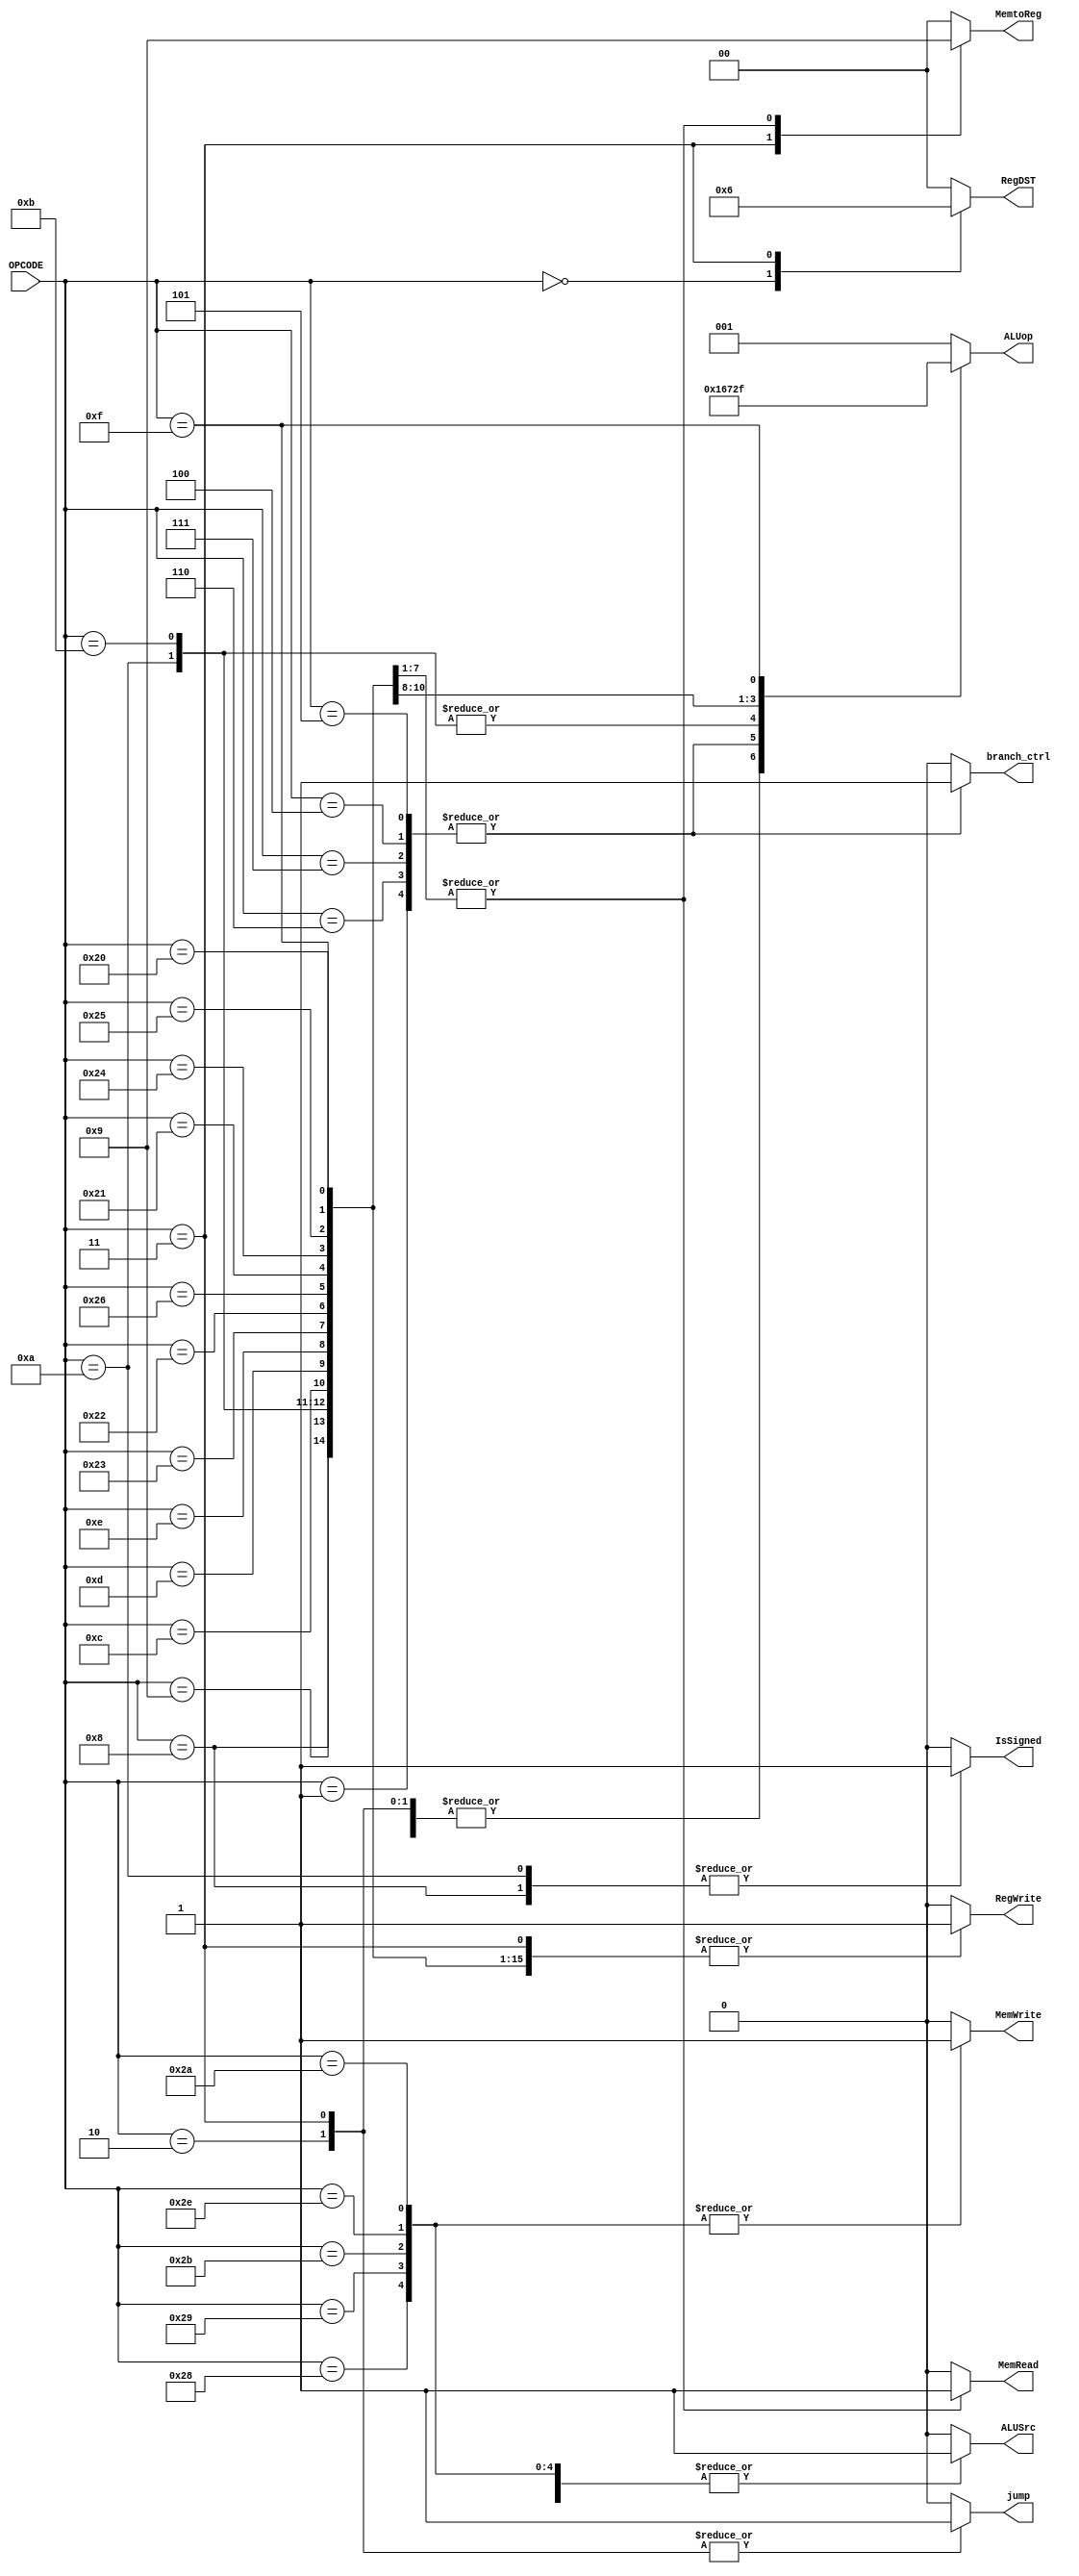
module controller(
    //input clk,
    input  [5:0]OPCODE,
    output [1:0]RegDST,
    output RegWrite,
    output ALUSrc,
    output jump,
    output MemRead,
    output MemWrite,
    output [1:0]MemtoReg,
    output branch_ctrl,
    output [2:0]ALUop,
    output IsSigned
);

localparam aluop_rtype = 3'h0;
localparam aluop_add = 3'h1;
localparam aluop_sub = 3'h2;
localparam aluop_and = 3'h3;
localparam aluop_or = 3'h4;
localparam aluop_xor = 3'h5;
localparam aluop_slt = 3'h6;
localparam aluop_sll = 3'h7;


localparam rtype   = 6'b000000;
localparam branch_ri  = 6'b000001;

localparam j    = 6'b000010;
localparam jal  = 6'b000011;
localparam beq  = 6'b000100;
localparam bne  = 6'b000101;
localparam blez = 6'b000110;
localparam bgtz = 6'b000111;

localparam addi = 6'b001000;
localparam andi = 6'b001100;
localparam addiu= 6'b001001;
localparam slti = 6'b001010;
localparam sltiu= 6'b001011;
localparam ori  = 6'b001101;
localparam xori = 6'b001110;

localparam lw   = 6'b100011;
localparam lwl  = 6'b100010;
localparam lwr  = 6'b100110;
localparam lh   = 6'b100001;
localparam lui  = 6'b001111;
localparam lbu  = 6'b100100;
localparam lhu  = 6'b100101;
localparam lb   = 6'b100000;
localparam sb   = 6'b101000;
localparam sh   = 6'b101001;
localparam sw   = 6'b101011;
localparam swr  = 6'b101110;
localparam swl  = 6'b101010;

reg [1:0]RegDST_t;
reg RegWrite_t;
reg jump_t;
reg branch_ctrl_t;
reg ALUSrc_t;
reg MemRead_t;
reg MemWrite_t;
reg [1:0]MemtoReg_t;
reg [2:0]ALUop_t;

always @ ( * ) begin
    RegDST_t        <= 2'h0;
    RegWrite_t      <= 1'b0;
    ALUSrc_t        <= 1'b0;
    branch_ctrl_t   <= 1'b0;
    jump_t          <= 1'b0;
    MemRead_t       <= 1'b0;
    MemWrite_t      <= 1'b0;
    MemtoReg_t      <= 2'h0;
    ALUop_t         <= 3'h0;
    IsSigned        <= 1'b0;

    case (OPCODE)
        rtype:  begin
					      RegDST_t <= 2'b1;
                RegWrite_t <= 1'b1;
                ALUop_t <= aluop_rtype; end

        branch_ri:begin
						     branch_ctrl_t <= 1'b1;
						     ALUop_t <= aluop_sub; end

        j:      jump_t <= 1'b1;

        jal:    begin
					      jump_t <= 1'b1;
                RegWrite_t <= 1'b1;
					      RegDST_t <= 2'h2;
                MemtoReg_t <= 2'h2; end

        blez:   begin
					      branch_ctrl_t <= 1'b1;
                ALUop_t <= aluop_sub; end

        bgtz:   begin
					      branch_ctrl_t <= 1'b1;
                ALUop_t <= aluop_sub; end

        beq:   begin
					      branch_ctrl_t <= 1'b1;
                ALUop_t <= aluop_sub; end

        bne:   begin
					      branch_ctrl_t <= 1'b1;
                ALUop_t <= aluop_sub; end

        addi:   begin
                IsSigned <= 1'b1;
				        ALUSrc_t <= 1'b1;
                RegWrite_t <= 1'b1;
                ALUop_t <= aluop_add; end

        addiu:  begin
					      ALUSrc_t <= 1'b1;
                RegWrite_t <= 1'b1;
                ALUop_t <= aluop_add; end

        slti:   begin
                IsSigned <= 1'b1;
					      ALUSrc_t <= 1'b1;
                RegWrite_t <= 1'b1;
                ALUop_t <= aluop_slt; end

        sltiu:  begin
					      ALUSrc_t <= 1'b1;
                RegWrite_t <= 1'b1;
                ALUop_t <= aluop_slt; end

        andi:   begin
					      ALUSrc_t <= 1'b1;
                RegWrite_t <= 1'b1;
                ALUop_t <= aluop_and; end

        ori:   begin
					      ALUSrc_t <= 1'b1;
                RegWrite_t <= 1'b1;
                ALUop_t <= aluop_or; end

        xori:   begin
					      ALUSrc_t <= 1'b1;
                RegWrite_t <= 1'b1;
                ALUop_t <= aluop_xor; end

        lw:     begin
					      ALUSrc_t <= 1'b1;
                MemtoReg_t <= 2'h1;
                RegWrite_t <= 1'b1;
                MemRead_t <= 1'b1;
                ALUop_t <= aluop_add; end

        lwl:    begin
					      ALUSrc_t <= 1'b1;
                MemtoReg_t <= 2'h1;
                RegWrite_t <= 1'b1;
                MemRead_t <= 1'b1;
                ALUop_t <= aluop_add; end

        lwr:    begin
					      ALUSrc_t <= 1'b1;
                MemtoReg_t <= 2'h1;
                RegWrite_t <= 1'b1;
                MemRead_t <= 1'b1;
                ALUop_t <= aluop_add; end

        lh:     begin
					      ALUSrc_t <= 1'b1;
                MemtoReg_t <= 2'h1;
                RegWrite_t <= 1'b1;
                MemRead_t <= 1'b1;
                ALUop_t <= aluop_add; end

        lbu:    begin
					      ALUSrc_t <= 1'b1;
                MemtoReg_t <= 2'h1;
                RegWrite_t <= 1'b1;
                MemRead_t <= 1'b1;
                ALUop_t <= aluop_add; end

        lhu:    begin
					      ALUSrc_t <= 1'b1;
                MemtoReg_t <= 2'h1;
                RegWrite_t <= 1'b1;
                MemRead_t <= 1'b1;
                ALUop_t <= aluop_add; end

        lb:     begin
					      ALUSrc_t <= 1'b1;
                MemtoReg_t <= 2'h1;
                RegWrite_t <= 1'b1;
                MemRead_t <= 1'b1;
                ALUop_t <= aluop_add; end

        lui:    begin
					      ALUSrc_t <= 1'b1;
                RegWrite_t <= 1'b1;
                ALUop_t <= aluop_sll; end

        sb:     begin
					 	    ALUSrc_t <= 1'b1;
                MemWrite_t <= 1'b1;
                ALUop_t <= aluop_add; end

        sh:     begin
					      ALUSrc_t <= 1'b1;
                MemWrite_t <= 1'b1;
                ALUop_t <= aluop_add; end

        sw:     begin
					      ALUSrc_t <= 1'b1;
                MemWrite_t <= 1'b1;
                ALUop_t <= aluop_add; end

        swr:    begin
					      ALUSrc_t <= 1'b1;
                MemWrite_t <= 1'b1;
                ALUop_t <= aluop_add; end


        swl:    begin
					      ALUSrc_t <= 1'b1;
                MemWrite_t <= 1'b1;
                ALUop_t <= aluop_add; end

        default:ALUop_t <= aluop_add;
    endcase
end

assign RegDST = RegDST_t;
assign RegWrite = RegWrite_t;
assign ALUSrc = ALUSrc_t;
assign MemRead = MemRead_t;
assign MemWrite = MemWrite_t;
assign MemtoReg = MemtoReg_t;
assign ALUop = ALUop_t;
assign branch_ctrl = branch_ctrl_t;
assign jump = jump_t;

endmodule